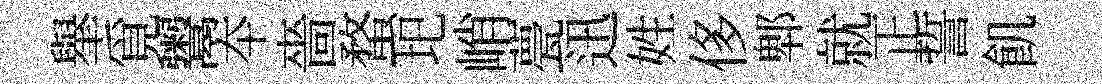
𦦙覓鬻夲嗇蝥圯峭甍迅姓侈郫就正誓飢